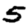
Digit: 5